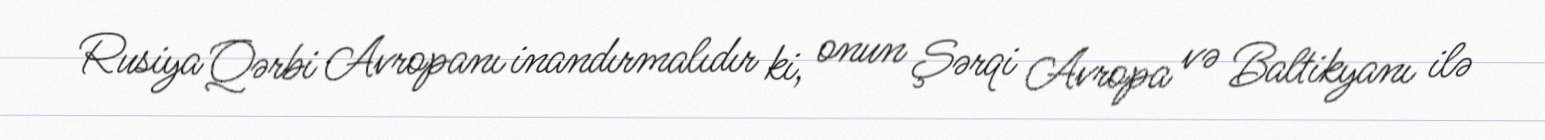
Rusiya Qərbi Avropanı inandırmalıdır ki, onun Şərqi Avropa və Baltikyanı ilə